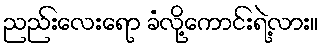
ညည်းလေးရော ခံလို့ကောင်းရဲ့လား။